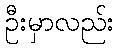
ဦးမှာလည်း